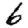
Digit: 6